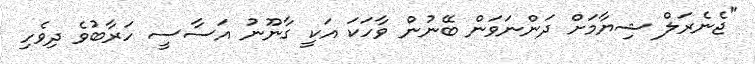
"ޖެނެރަލް ޝިޔާމަށް ދަންނަވަން ބޭނުން ވާހަކަ އަކީ ގާނޫނު އަސާސީ ހަރާބުވެ ދިވެހި